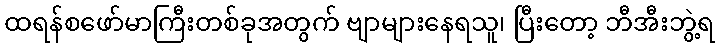
ထရန်စဖော်မာကြီးတစ်ခုအတွက် ဗျာများနေရသူ၊ ပြီးတော့ ဘီအီးဘွဲ့ရ